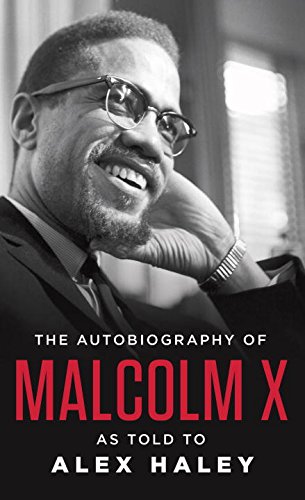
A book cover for The Autobiography of Malcolm X: As Told to Alex Haley; Malcolm X; Biographies & Memoirs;